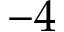
- 4